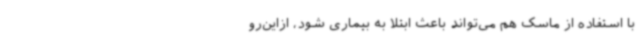
با استفاده از ماسک هم می‌تواند باعث ابتلا به بیماری شود، ازاین‌رو